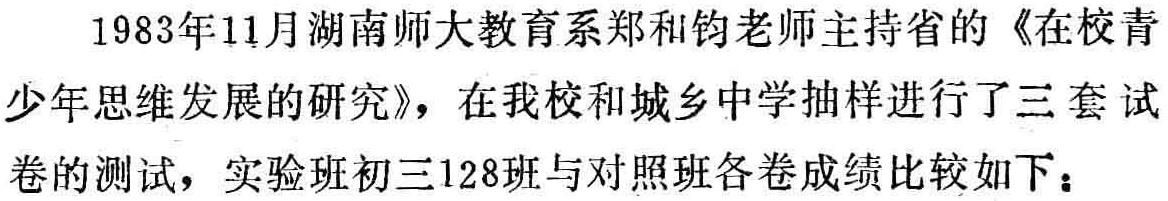
1983年11月湖南师大教育系郑和钧老师主持省的《在校青少年思维发展的研究》，在我校和城乡中学抽样进行了三套试卷的测试，实验班初三128班与对照班各卷成绩比较如下：